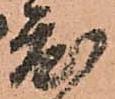
度